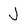
Character: J